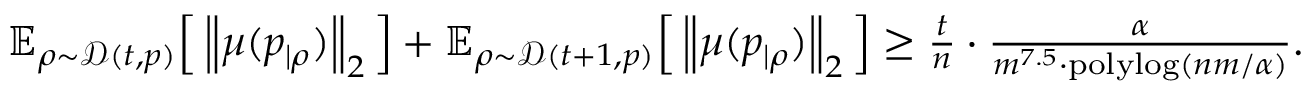
\begin{array} { r l } & { \mathbb { E } _ { \rho \sim \mathcal { D } ( t , p ) } \Big [ \left\| \mu ( p _ { | \rho } ) \right\| _ { 2 } \Big ] + \mathbb { E } _ { \rho \sim \mathcal { D } ( t + 1 , p ) } \Big [ \left\| \mu ( p _ { | \rho } ) \right\| _ { 2 } \Big ] \ge \frac { t } { n } \cdot \frac { \alpha } { m ^ { 7 . 5 } \cdot \mathrm { p o l y l o g } ( n m / \alpha ) } . } \end{array}